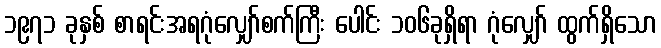
၁၉၇၁ ခုနှစ် စာရင်းအရဂုံလျှော်စက်ကြီး ပေါင်း ၁၀၆ခုရှိရာ ဂုံလျှော် ထွက်ရှိသော